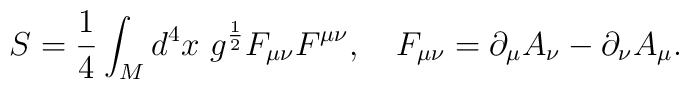
S=\frac 14 \int_M d^4x\ g^{\frac 12} F_{\mu\nu}F^{\mu\nu} , \quad F_{\mu\nu}=\partial_\mu A_\nu -\partial_\nu A_\mu.